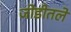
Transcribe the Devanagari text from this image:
जोडीतले